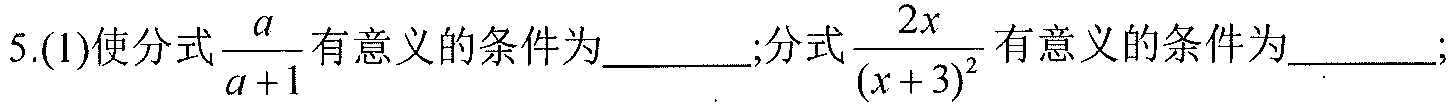
5.(1)使分式$\dfrac{a}{a + 1}$有意义的条件为________;分式$\dfrac{2x}{(x + 3)^{2}}$有意义的条件为________;